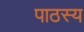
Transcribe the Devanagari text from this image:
पाठस्य